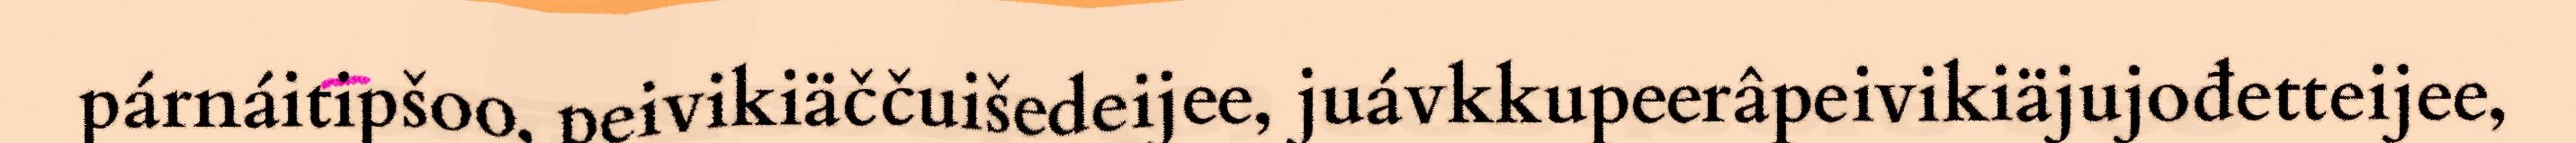
párnáitipšoo, peivikiäččuišedeijee, juávkkupeerâpeivikiäjujođetteijee,